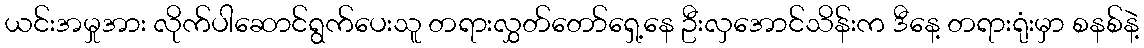
ယင်းအမှုအား လိုက်ပါဆောင်ရွက်ပေးသူ တရားလွှတ်တော်ရှေ့နေ ဦးလှအောင်သိန်းက ဒီနေ့ တရားရုံးမှာ စနစ်နဲ့